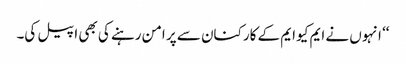
‘‘ انہوں نے ایم کیو ایم کے کارکنان سے پر امن رہنے کی بھی اپیل کی۔